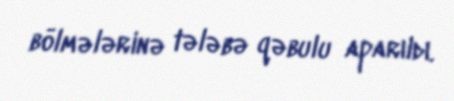
bölmələrinə tələbə qəbulu aparıldı.